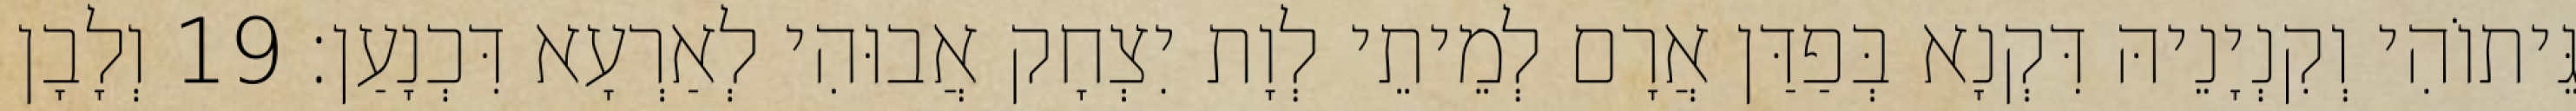
גֵּיתוֹהִי וְקִנְיָנֵיהּ דִּקְנָא בְּפַדַּן אֲרָם לְמֵיתֵי לְוָת יִצְחָק אֲבוּהִי לְאַרְעָא דִּכְנָעַן׃ 19 וְלָבָן